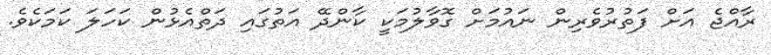
ރާއްޖެ އަށް ފަތުރުވެރިން ނައުމަށް ގޮވާލުމަކީ ކާންދޭ އަތުގައި ދަތްއެޅުން ކަހަލަ ކަމަކެވެ.